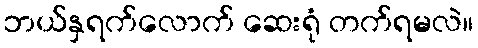
ဘယ်နှရက်လောက် ဆေးရုံ တက်ရမလဲ။